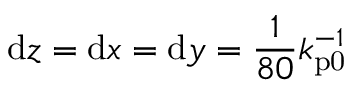
\mathrm { d } z = \mathrm { d } x = \mathrm { d } y = \frac { 1 } { 8 0 } k _ { \mathrm { p 0 } } ^ { - 1 }